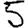
Digit: 5